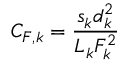
C _ { F , k } = \frac { s _ { k } d _ { k } ^ { 2 } } { L _ { k } F _ { k } ^ { 2 } }